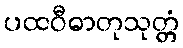
ပထဝီဓာတုသုတ္တံ